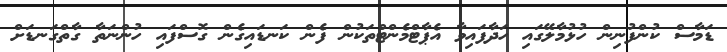
ޑަމާސް ކުންފުނިން ހުޅުމާލޭގައި ހަދާފައިވާ އެޕާޓްމެންޓްތަކުން ފެން ކަނޑައިގެން ގޮސްފައި ހުންނަތާ ގާތްގަނޑަށް